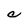
Character: C